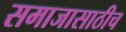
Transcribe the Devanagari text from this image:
समाजासाठीच